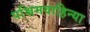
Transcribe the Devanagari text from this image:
पश्चिमवाहिन्या